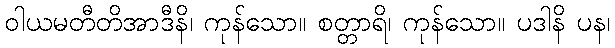
ဝါယမတီတိအာဒီနိ၊ ကုန်သော။ စတ္တာရိ၊ ကုန်သော။ ပဒါနိ ပန၊